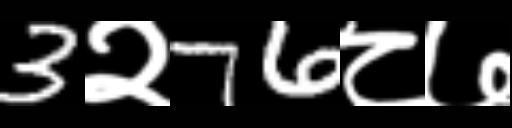
Text: 3२76८७